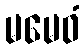
မမေဝံ